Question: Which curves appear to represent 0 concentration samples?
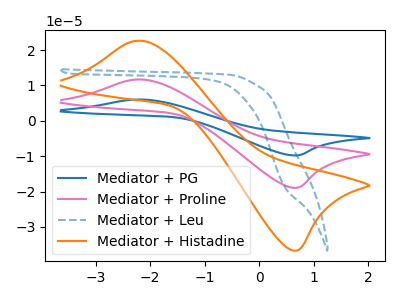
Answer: <think>The blue curve "Mediator + PG" has an anodic peak at (-2.25V, 23.40uA) and a cathodic peak at (0.70V, -37.85uA). The pink curve "Mediator + Proline" has an anodic peak at (-2.25V, 11.70uA) and a cathodic peak at (0.70V, -18.95uA). The blue dashed curve "Mediator + Leu" has no peaks. The orange curve "Mediator + Histadine" has an anodic peak at (-2.25V, 22.65uA) and a cathodic peak at (0.70V, -36.65uA).</think>
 <answer>"Mediator + Leu" is likely to be a blank.</answer>
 <eval>Mediator + Leu</eval>